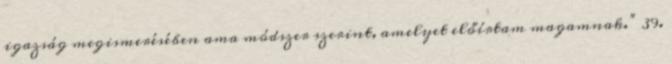
igazság megismerésében ama módszer szerint, amelyet előírtam magamnak.” 39.